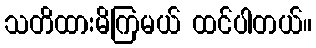
သတိထားမိကြမယ် ထင်ပါတယ်။